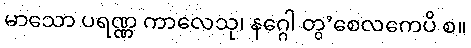
မာသော ပရဏ္ဏ ကာလေသု၊ နဂ္ဂေါ တွ’စေလကေပိ စ။